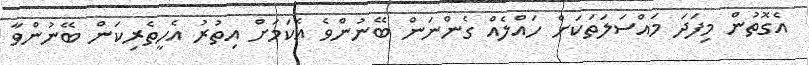
އެގޮތުން މިފަދަ މައްސަލަތަކަށް ހައްލެއް ގެންނަން ބޭނުންވެ އެކަމަށް އިތުރު އެހީތެރިކަން ބޭނުންވާ